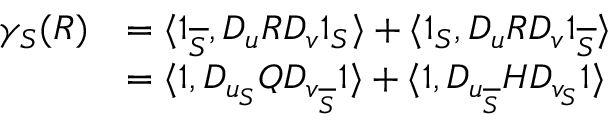
\begin{array} { r l } { \gamma _ { S } ( R ) } & { = \langle \boldsymbol { 1 } _ { \overline { { S } } } , D _ { u } R D _ { v } \boldsymbol { 1 } _ { S } \rangle + \langle \boldsymbol { 1 } _ { S } , D _ { u } R D _ { v } \boldsymbol { 1 } _ { \overline { { S } } } \rangle } \\ & { = \langle \boldsymbol { 1 } , D _ { u _ { S } } Q D _ { v _ { \overline { { S } } } } \boldsymbol { 1 } \rangle + \langle \boldsymbol { 1 } , D _ { u _ { \overline { { S } } } } H D _ { v _ { S } } \boldsymbol { 1 } \rangle } \end{array}